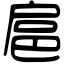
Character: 扈